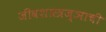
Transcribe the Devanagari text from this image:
जीवशास्त्रज्ञाची